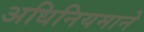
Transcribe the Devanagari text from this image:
अधिनियमाने